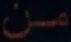
من